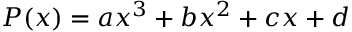
P ( x ) = a x ^ { 3 } + b x ^ { 2 } + c x + d